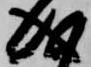
成